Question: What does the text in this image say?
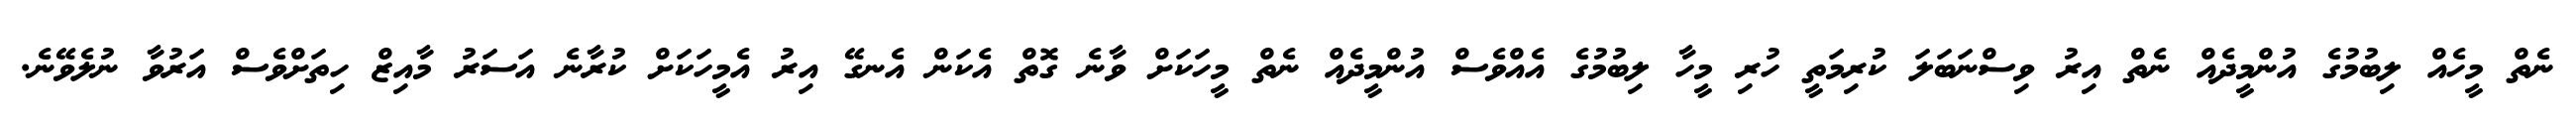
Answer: ނެތް މީހެއް ލިބުމުގެ އުންމީދެއް ނެތް އިރު ވިސްނަބަލަ ކުރިމަތީ ހުރި މީހާ ލިބުމުގެ އެއްވެސް އުންމީދެއް ނެތް މީހަކަށް ވާނެ ގޮތް އެކަން އެނގޭ އިރު އެމީހަކަށް ކުރާނެ އަސަރު މާއިޒް ހިތަށްވެސް އަރުވާ ނުލެވޭނެ.